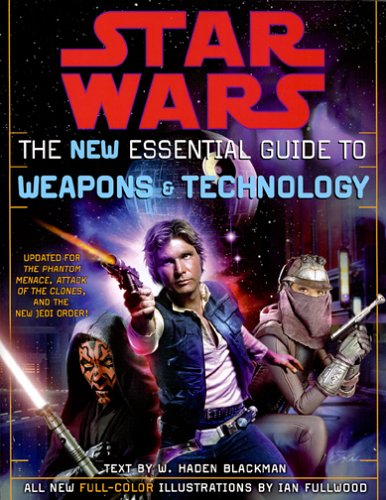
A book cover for The New Essential Guide to Weapons and Technology, Revised Edition (Star Wars); Haden Blackman; Humor & Entertainment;